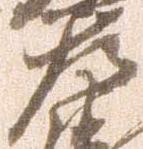
左